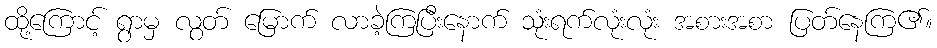
ထို့ကြောင့် ရွာမှ လွတ် မြောက် လာခဲ့ကြပြီးနောက် သုံးရက်လုံးလုံး အစားအစာ ပြတ်နေကြ၏။